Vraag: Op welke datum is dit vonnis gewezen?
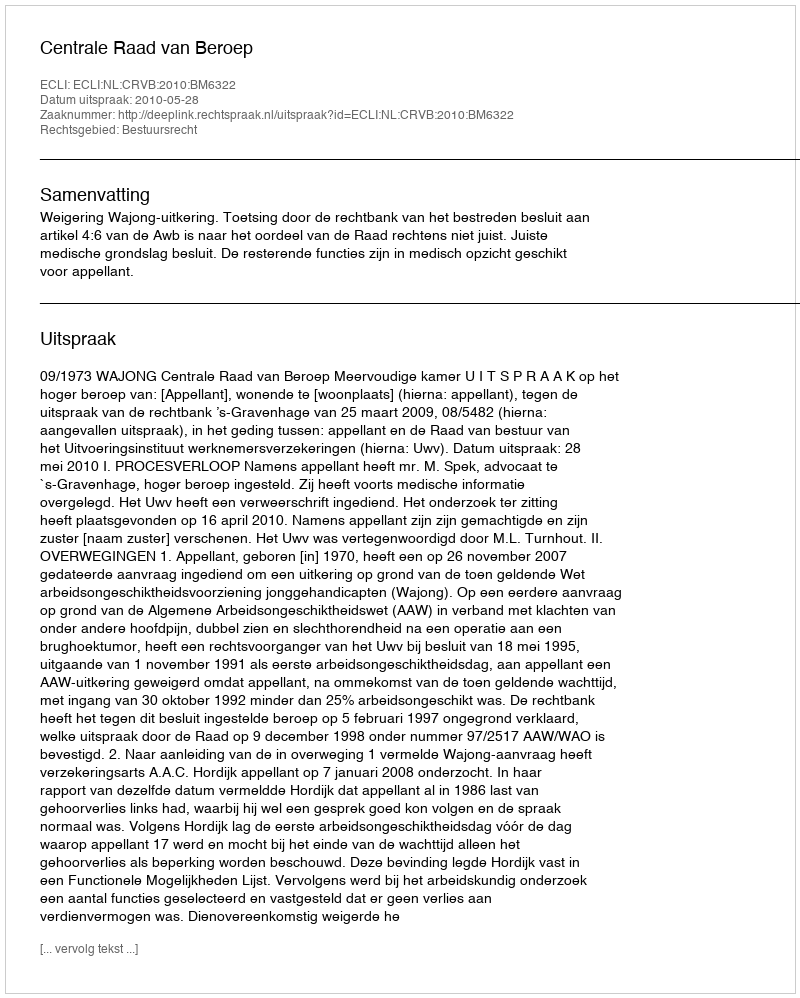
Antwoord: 2010-05-28